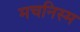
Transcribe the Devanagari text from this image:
मचनिस्म